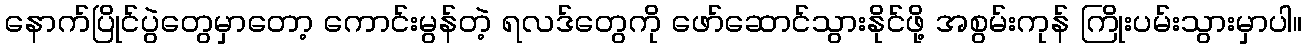
နောက်ပြိုင်ပွဲတွေမှာတော့ ကောင်းမွန်တဲ့ ရလဒ်တွေကို ဖော်ဆောင်သွားနိုင်ဖို့ အစွမ်းကုန် ကြိုးပမ်းသွားမှာပါ။